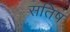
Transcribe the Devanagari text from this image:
सतिष